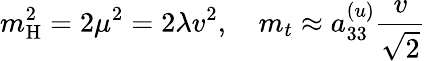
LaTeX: m_{\mathrm{H}}^{2}=2\mu^{2}=2\lambda v^{2},\quad m_{t}\approx a_{33}^{(u)}{\frac{v}{\sqrt{2}}}